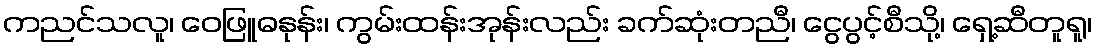
ကညင်သလူ၊ ဝေဖြူဓနုန်း၊ ကွမ်းထန်းအုန်းလည်း ခက်ဆုံးတညီ၊ ငွေပွင့်စီသို့၊ ရှေ့ဆီတူရူ၊